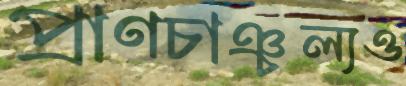
প্রাণচাঞ্চল্যও